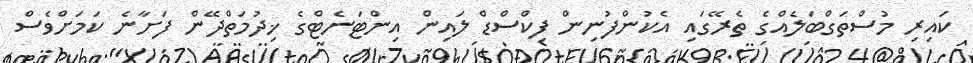
ކައިރި މުސްތަގްބަލެއްގެ ތެރޭގައި އެކުންފުނިން ފިކްސްޑް ލައިން އިންޓަނެޓްގެ ޚިދުމަތްދޭން ފަށާނެ ކަމަށްވެސް